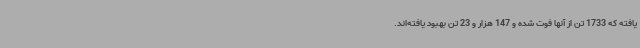
یافته که 1733 تن از آنها فوت شده و 147 هزار و 23 تن بهبود یافته‌اند.